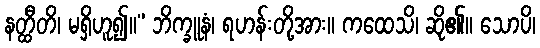
နတ္ထီတိ၊ မရှိဟူ၍။” ဘိက္ခူနံ၊ ရဟန်းတို့အား။ ကထေသိ၊ ဆို၏။ သောပိ၊